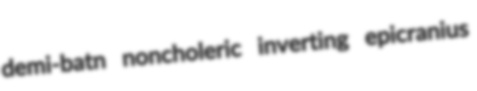
demi-batn noncholeric inverting epicranius